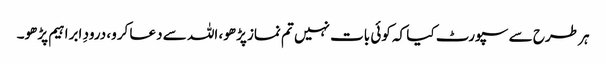
ہر طرح سے سپورٹ کیا کہ کوئی بات نہیں تم نماز پڑھو، اللہ سے دعا کرو، درودِ ابراہیم پڑھو۔